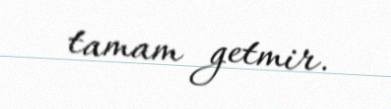
tamam getmir.